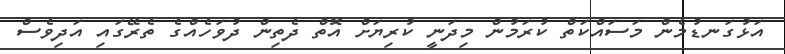
އަޅުގަނޑުމެން މަސައްކަތް ކުރަމުން މިދަނީ ކުރިޔަށް އޮތް ދެތިން ދުވަހެއްގެ ތެރޭގައި އަދިވެސް